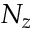
N _ { z }